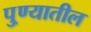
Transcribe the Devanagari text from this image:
पु्ण्यातील